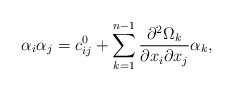
\begin{align*} \alpha_i \alpha_j =c^{0}_{ij}+\sum_{k=1}^{n-1} \frac{\partial^2 \Omega_k}{\partial x_i \partial x_j}\alpha_k, \end{align*}